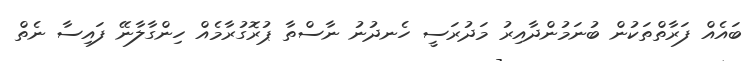
ބައެއް ފަރާތްތަކުން ބުނަމުންދާއިރު މަދުރަސީ ހެނދުނު ނާސްތާ ޕުރޮގުރާމެއް ހިންގާލާނޭ ފައިސާ ނެތް